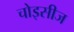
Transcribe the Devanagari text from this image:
चोइसीज